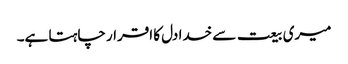
میری بیعت سے خدا دل کا اقرار چاہتا ہے۔